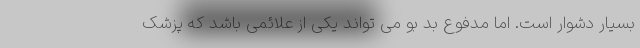
بسیار دشوار است. اما مدفوع بد بو می تواند یکی از علائمی باشد که پزشک